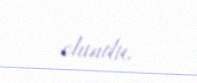
olundu.